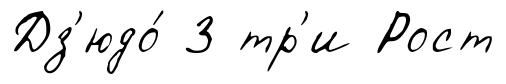
Дз'юдо́ 3 тр'и Рост